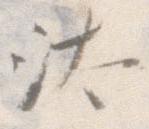
汰